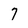
Character: 7